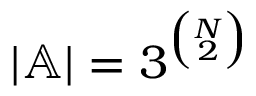
| \mathbb { A } | = 3 ^ { \binom { N } { 2 } }